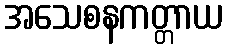
အသေစနကတ္တာယ